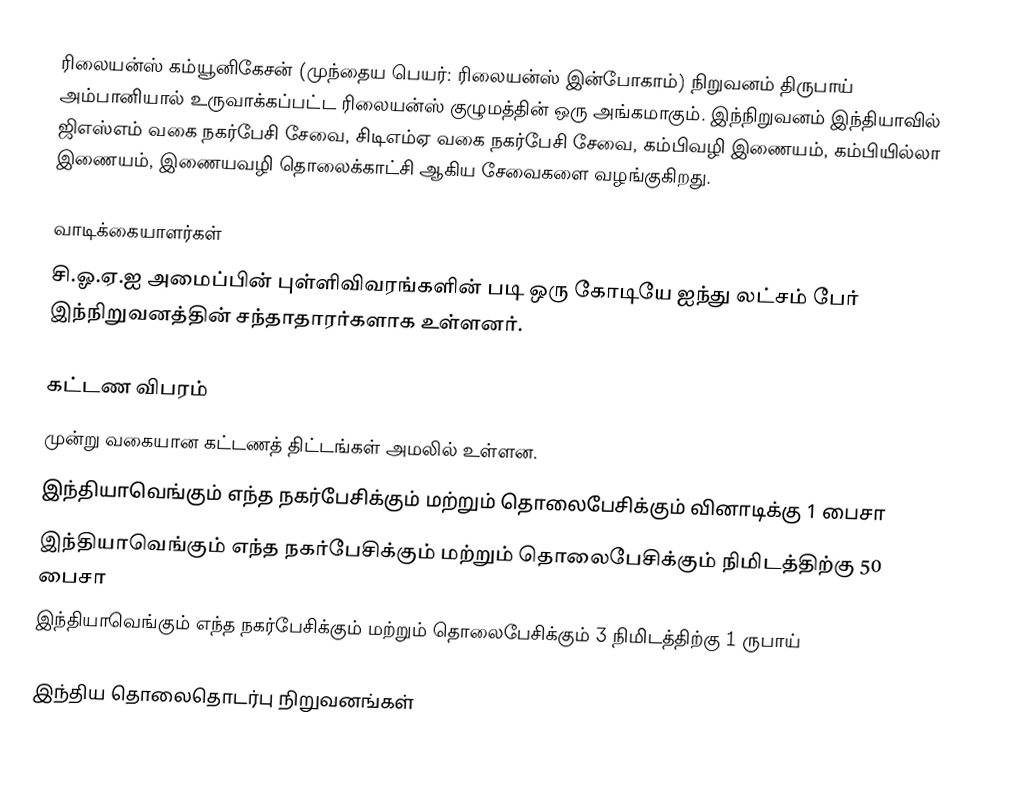
ரிலையன்ஸ் கம்யூனிகேசன் (முந்தைய பெயர்: ரிலையன்ஸ் இன்போகாம்) நிறுவனம் திருபாய் அம்பானியால் உருவாக்கப்பட்ட ரிலையன்ஸ்  குழுமத்தின் ஒரு அங்கமாகும். இந்நிறுவனம் இந்தியாவில்  ஜிஎஸ்எம் வகை நகர்பேசி சேவை, சிடிஎம்ஏ வகை நகர்பேசி சேவை, கம்பிவழி இணையம், கம்பியில்லா இணையம், இணையவழி தொலைக்காட்சி ஆகிய சேவைகளை வழங்குகிறது.

வாடிக்கையாளர்கள்
சி.ஓ.ஏ.ஐ அமைப்பின் புள்ளிவிவரங்களின் படி ஒரு கோடியே ஐந்து லட்சம் பேர் இந்நிறுவனத்தின் சந்தாதாரர்களாக உள்ளனர்.

கட்டண விபரம்
முன்று வகையான கட்டணத் திட்டங்கள் அமலில் உள்ளன.
 இந்தியாவெங்கும் எந்த நகர்பேசிக்கும் மற்றும்  தொலைபேசிக்கும் வினாடிக்கு 1 பைசா
 இந்தியாவெங்கும் எந்த நகர்பேசிக்கும் மற்றும்  தொலைபேசிக்கும் நிமிடத்திற்கு 50 பைசா
 இந்தியாவெங்கும் எந்த நகர்பேசிக்கும் மற்றும்  தொலைபேசிக்கும் 3 நிமிடத்திற்கு 1 ருபாய்

இந்திய தொலைதொடர்பு நிறுவனங்கள்